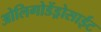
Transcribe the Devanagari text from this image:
ओलिगोडेंड्रोसाईट